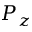
P _ { z }